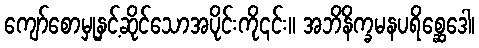
ကျော်စောမှုနှင့်ဆိုင်သောအပိုင်းကို၎င်း။ အဘိနိက္ခမနပရိစ္ဆေဒေါ၊